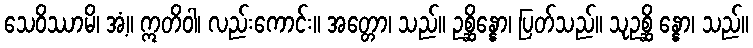
သေဝိဿာမိ၊ အံ့။ ဣတိဝါ၊ လည်းကောင်း။ အတ္တော၊ သည်။ ဥစ္ဆိန္နော၊ ပြတ်သည်။ သုဥစ္ဆိ န္နော၊ သည်။